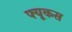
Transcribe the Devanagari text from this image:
फ्यूकस